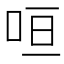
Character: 咺